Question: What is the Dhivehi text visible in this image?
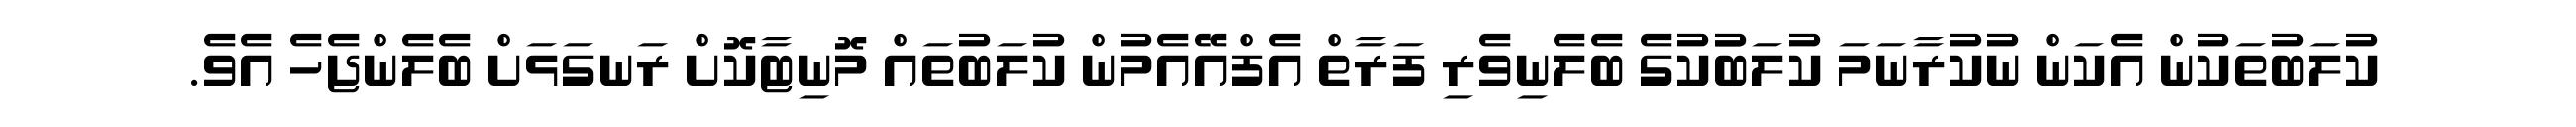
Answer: ކުލަބުތަކުން އެކަން ނުކުރާނަމަ ކުލަބުަކުގެ ބެލެނިވެރި ފަރާތް އެފްއޭއެމުން ކުލަބުތައް މޮނިޓާކޮށް ރަނގަޅަށް ބެލެންޖެހެ އެވެ.